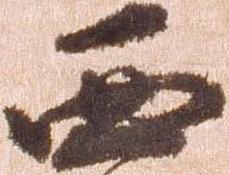
西